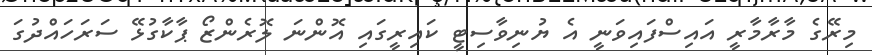
މިރޭގެ މާރާމާރީ އައިސްފައިވަނީ އެ ޔުނިވާސިޓީ ކައިރީގައި އޮންނަ ލޮރެންޒޯ ޕާކާގުޅޭ ސަރަހައްދުގަ